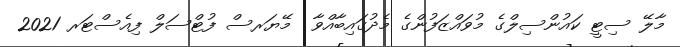
މާލޭ ސިޓީ ކައުންސިލްގެ މުވައްޒަފުންގެ މެދުގައިބާއްވާ  މޭޔަރސް ފުޓްސަލް ފިއެސްޓަރ 2021